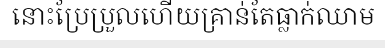
នោះប្រែប្រួលហើយគ្រាន់តែធ្លាក់ឈាម